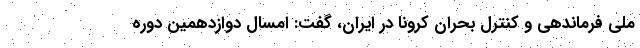
ملی فرماندهی و کنترل بحران کرونا در ایران، گفت: امسال دوازدهمین دوره